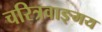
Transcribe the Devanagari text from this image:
चरित्रवाङ्मय